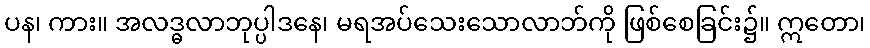
ပန၊ ကား။ အလဒ္ဓလာဘုပ္ပါဒနေ၊ မရအပ်သေးသောလာဘ်ကို ဖြစ်စေခြင်း၌။ ဣတော၊